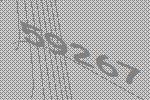
59267